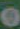
و